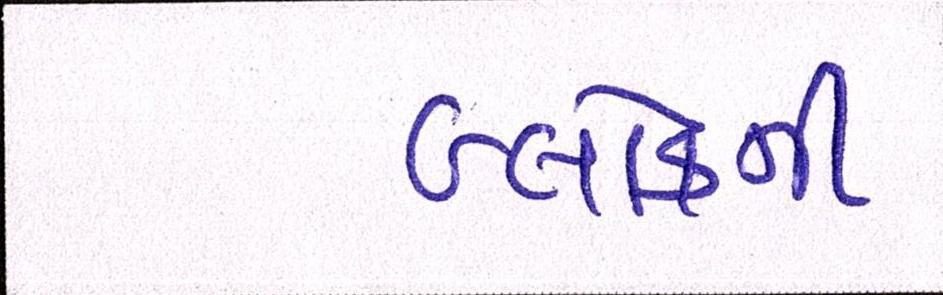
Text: બ્લોકની